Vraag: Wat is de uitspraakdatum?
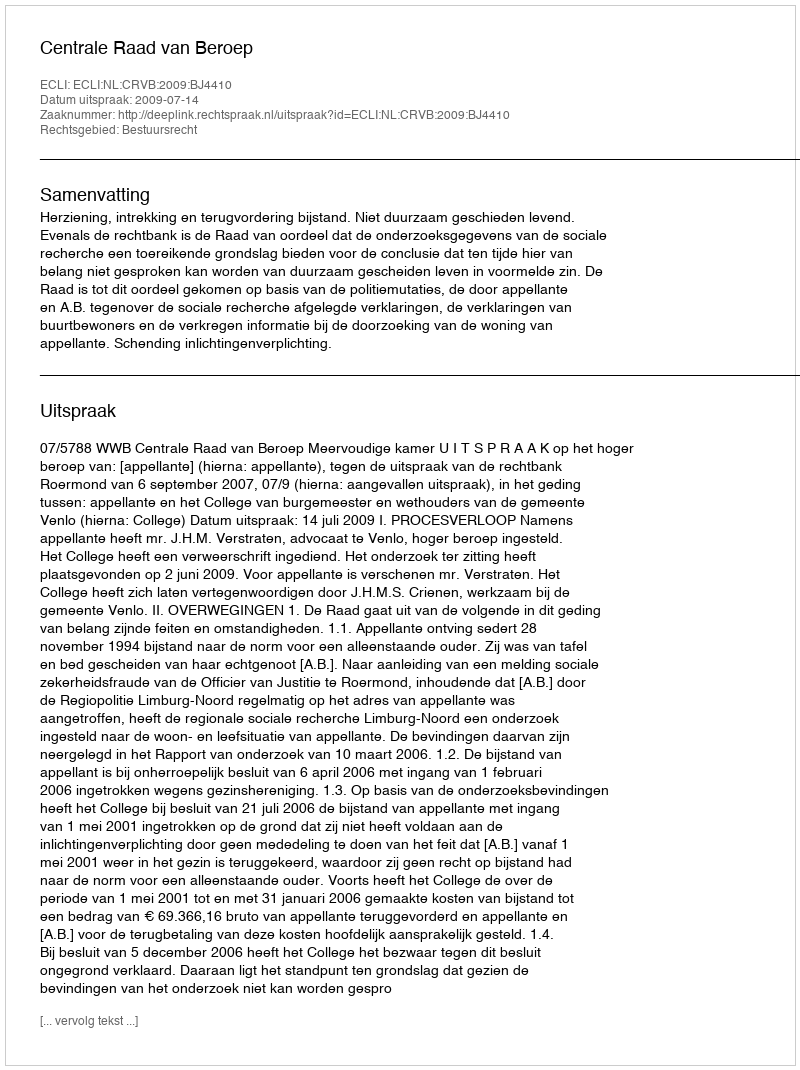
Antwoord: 2009-07-14